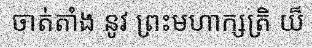
ចាត់តាំង នូវ ព្រះមហាក្សត្រិ យ៏